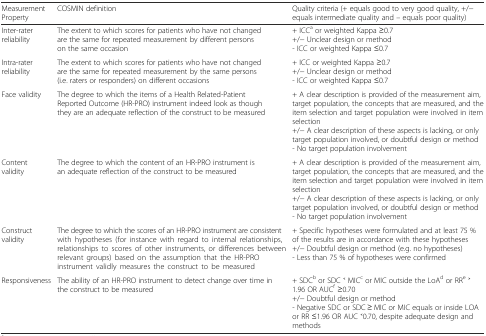
| Measurement Property | COSMIN definition | Quality criteria (+ equals good to very good quality, +/− equals intermediate quality and – equals poor quality) |
 | --- | --- | --- |
 | Inter-rater reliability | The extent to which scores for patients who have not changed are the same for repeated measurement by different persons on the same occasion | + ICCa or weighted Kappa ≥0.7+/− Unclear design or method- ICC or weighted Kappa ≤0.7 |
 | Intra-rater reliability | The extent to which scores for patients who have not changed are the same for repeated measurement by the same persons (i.e. raters or responders) on different occasions | + ICC or weighted Kappa ≥0.7+/− Unclear design or method- ICC or weighted Kappa ≤0.7 |
 | Face validity | The degree to which the items of a Health Related-Patient Reported Outcome (HR-PRO) instrument indeed look as though they are an adequate reflection of the construct to be measured | + A clear description is provided of the measurement aim, target population, the concepts that are measured, and the item selection and target population were involved in item selection+/− A clear description of these aspects is lacking, or only target population involved, or doubtful design or method- No target population involvement |
 | Content validity | The degree to which the content of an HR-PRO instrument is an adequate reflection of the construct to be measured | + A clear description is provided of the measurement aim, target population, the concepts that are measured, and the item selection and target population were involved in item selection+/− A clear description of these aspects is lacking, or only target population involved, or doubtful design or method- No target population involvement |
 | Construct validity | The degree to which the scores of an HR-PRO instrument are consistent with hypotheses (for instance with regard to internal relationships, relationships to scores of other instruments, or differences between relevant groups) based on the assumption that the HR-PRO instrument validly measures the construct to be measured | + Specific hypotheses were formulated and at least 75 % of the results are in accordance with these hypotheses+/− Doubtful design or method (e.g. no hypotheses)- Less than 75 % of hypotheses were confirmed |
 | Responsiveness | The ability of an HR-PRO instrument to detect change over time in the construct to be measured | + SDCb or SDC ˂ MICc or MIC outside the LoAd or RRe ˃ 1.96 OR AUCf ≥0.70+/− Doubtful design or method- Negative SDC or SDC ≥ MIC or MIC equals or inside LOA or RR ≤1.96 OR AUC ˂0.70, despite adequate design and methods |